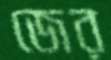
জের